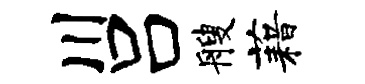
川吕艘藉